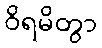
ဝိရမိတွာ